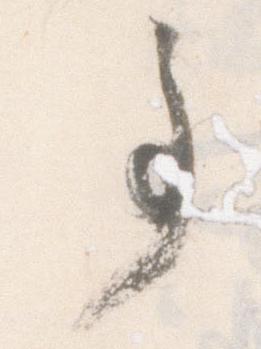
事